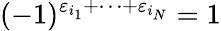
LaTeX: (-1)^{\varepsilon_{i_{1}}+\dots+\varepsilon_{i_{N}}}=1